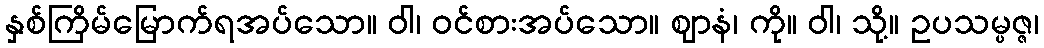
နှစ်ကြိမ်မြောက်ရအပ်သော။ ဝါ၊ ဝင်စားအပ်သော။ ဈာနံ၊ ကို။ ဝါ၊ သို့။ ဥပသမ္ပဇ္ဇ၊